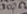
Text: 300Ω